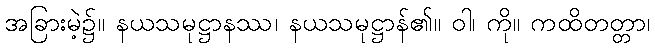
အခြားမဲ့၌။ နယသမုဋ္ဌာနဿ၊ နယသမုဋ္ဌာန်၏။ ဝါ၊ ကို။ ကထိတတ္တာ၊